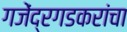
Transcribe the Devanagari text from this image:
गजेंद्रगडकरांचा